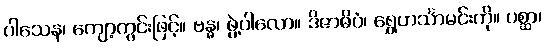
ပါသေန၊ ကျော့ကွင်းဖြင့်။ ဗန္ဓ၊ ဖွဲ့ပါလော။ ဒိဇာဓိပံ၊ ရွှေဟင်္သာမင်းကို။ ပစ္ဆာ၊